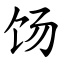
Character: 饧